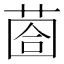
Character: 𦳬